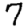
Digit: 7